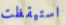
استيقظت